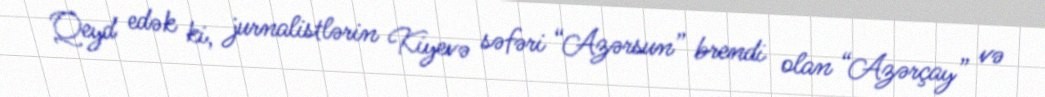
Qeyd edək ki, jurnalistlərin Kiyevə səfəri “Azərsun” brendi olan “Azərçay” və